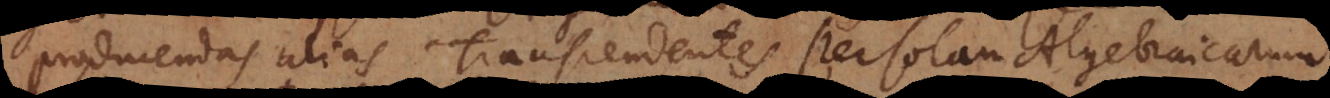
producendas alias Transcendentes per solam Algebraicarum